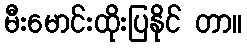
မီးမောင်းထိုးပြနိုင် တာ။